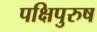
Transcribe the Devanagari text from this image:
पक्षिपुरुष